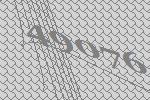
49076